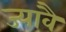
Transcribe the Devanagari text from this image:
ज्यावै